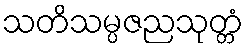
သတိသမ္ပဇညသုတ္တံ